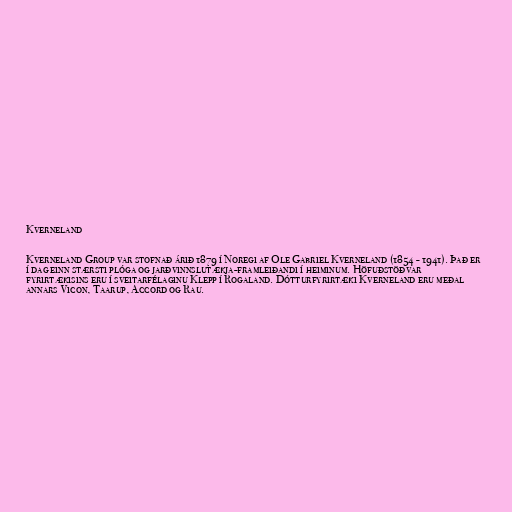
Kverneland

Kverneland Group var stofnað árið 1879 í Noregi af Ole Gabriel Kverneland (1854 - 1941). Það er
í dag einn stærsti plóga og jarðvinnslutækja-framleiðandi í heiminum. Höfuðstöðvar
fyrirtækisins eru í sveitarfélaginu Klepp í Rogaland. Dótturfyrirtæki Kverneland eru meðal
annars Vicon, Taarup, Accord og Rau.